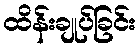
ထိန်းချုပ်ခြင်း